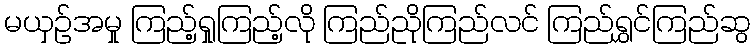
မယှဉ်အမှု ကြည့်ရှုကြည့်လို ကြည်ညိုကြည်လင် ကြည်ရွှင်ကြည်ဆွ